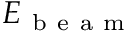
E _ { \mathrm { ~ b ~ e ~ a ~ m ~ } }